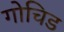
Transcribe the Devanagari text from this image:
गोचिड